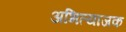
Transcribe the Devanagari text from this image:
अभित्याजक